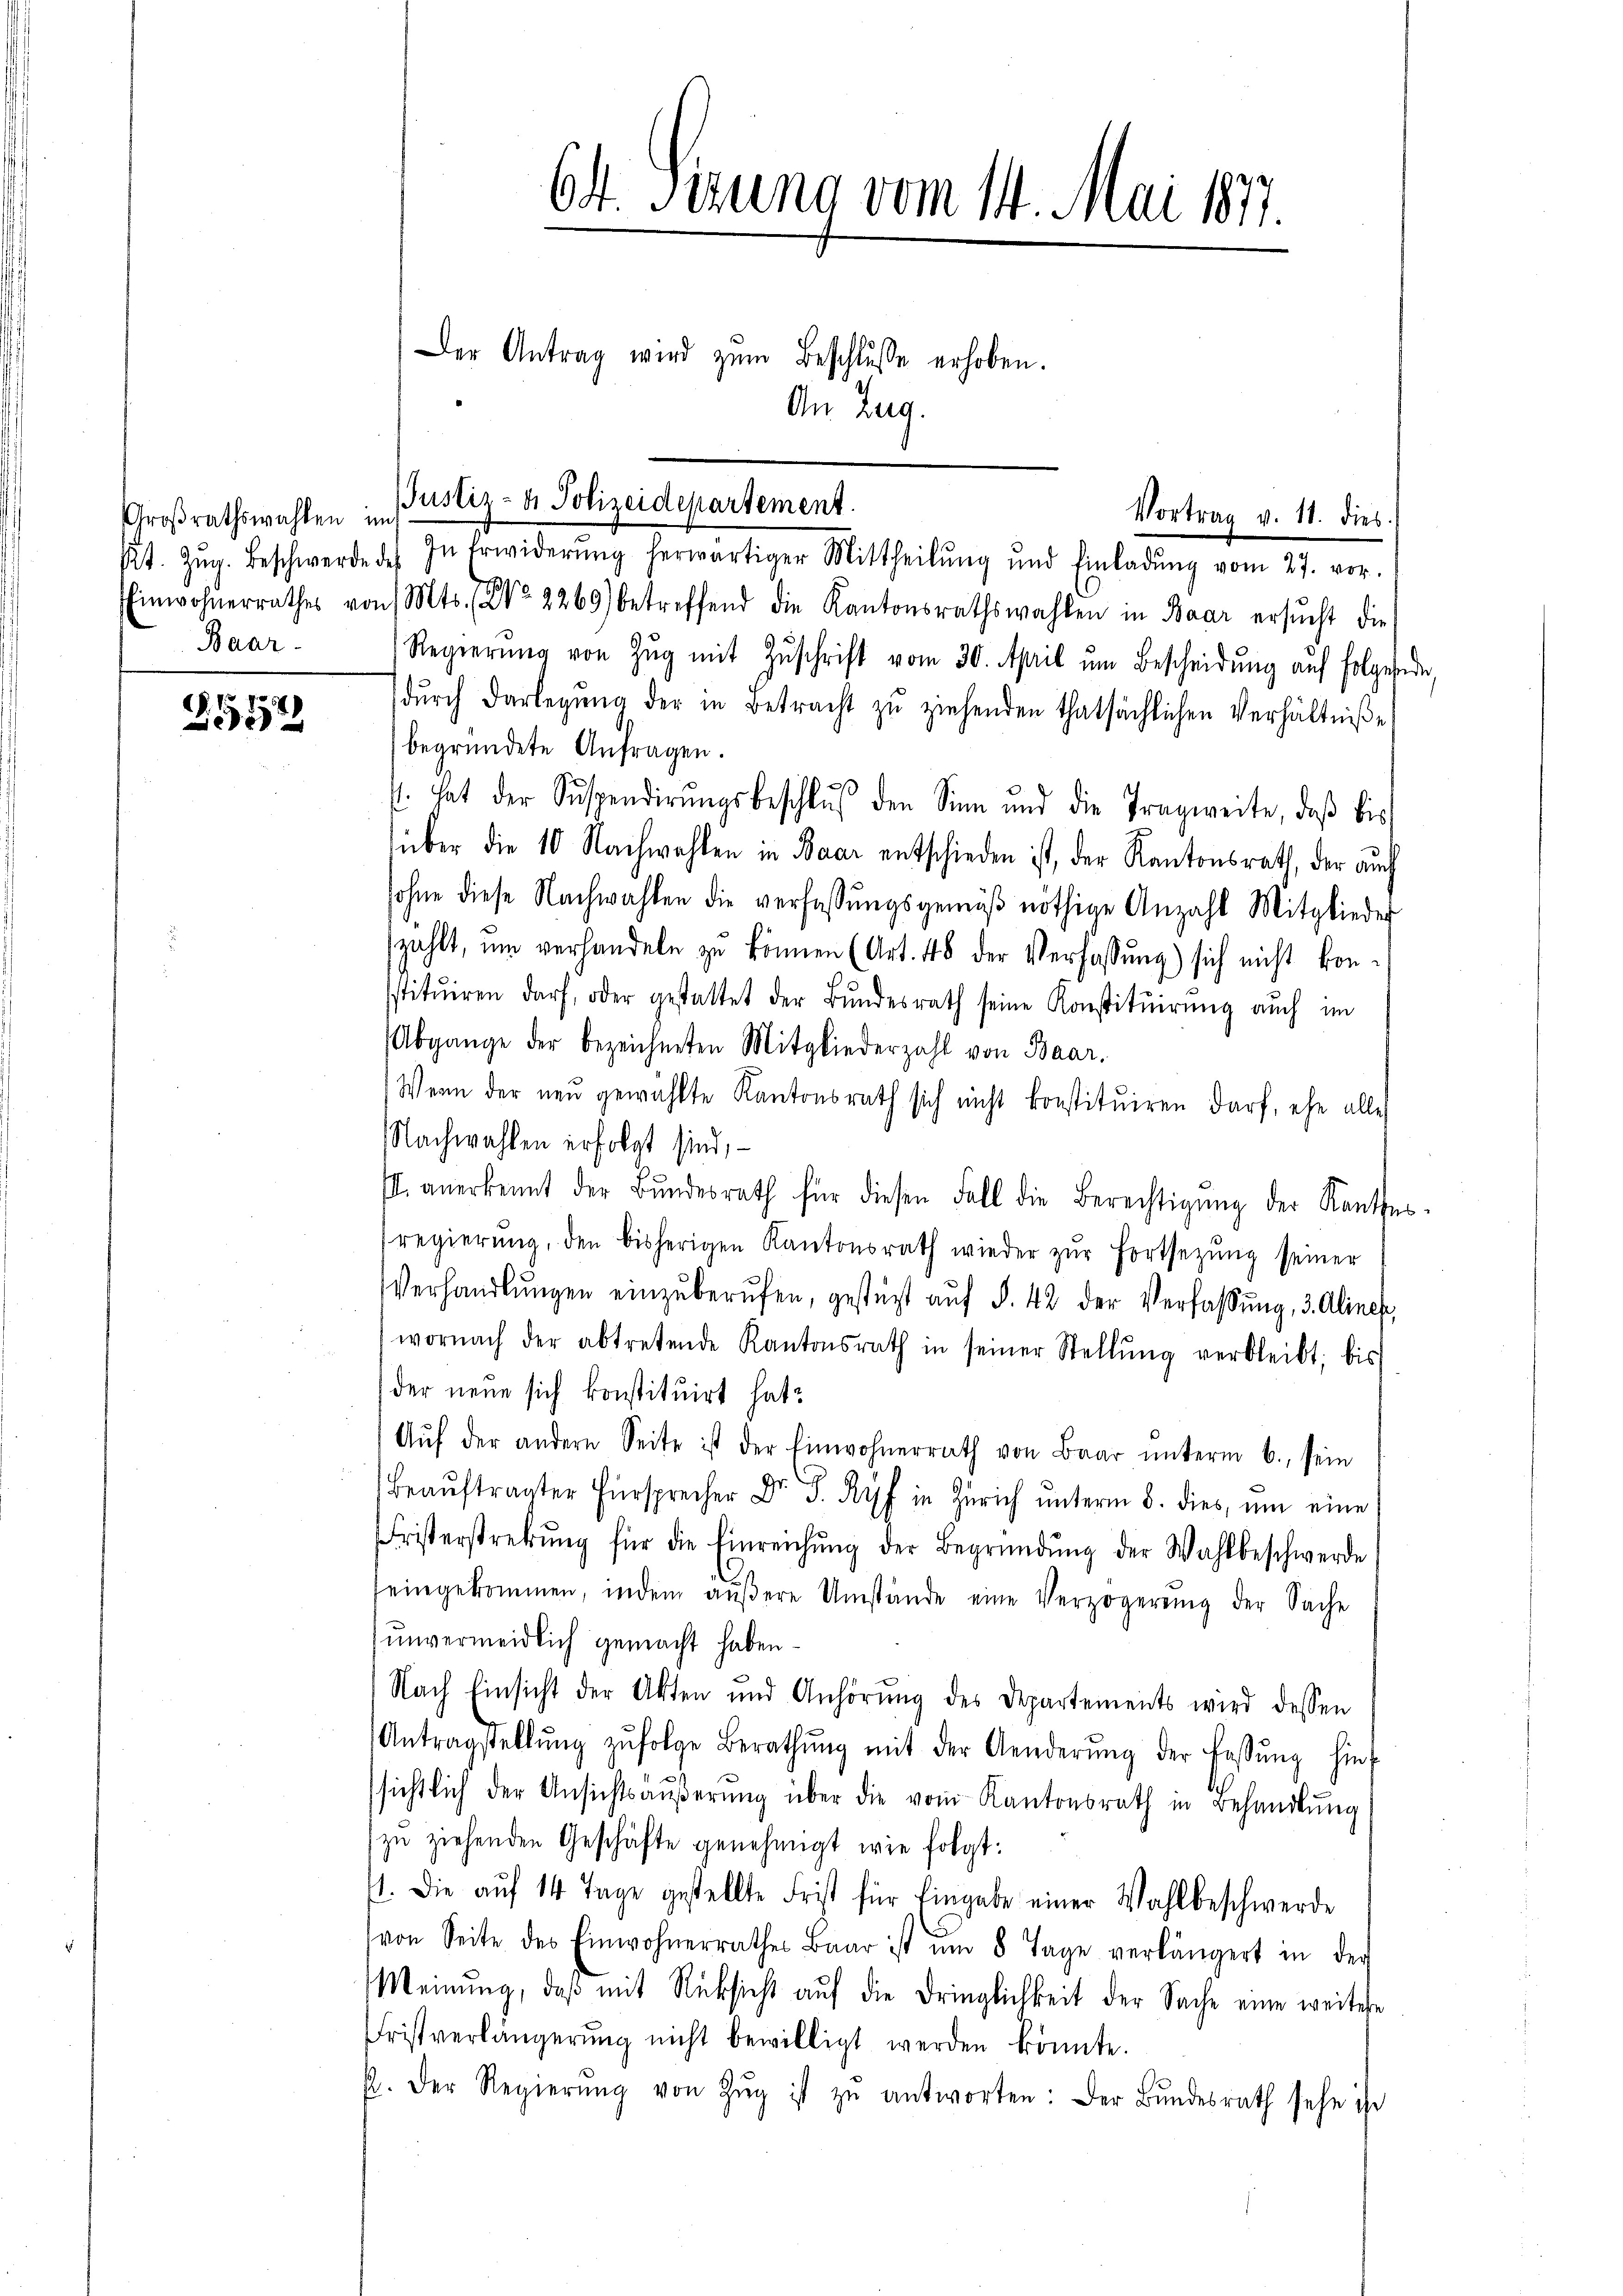
Großrathswahlen im
Baar-

9
52

64. Sierung vom 14. Mai 1871.

Der Antrag wird zum Beschlusse erhoben.
An Zug.
Kt. Zŭg. Beschwerde des In Erwiderŭng herwärtiger Mittheilŭng und Einladŭng vom 27. vor.
Einwohnerrathes von Mts. No. 2269) betreffend die Kantonsrathswahlen in Baar ersŭcht die
Regierŭng von Zŭg mit Zŭschrift vom 30. April um Bescheidung auf folgende
dŭrch Darlegŭng der in Betracht zŭ ziehenden thatsächlichen Verhältniβe
begründete Anfragen.
s. hat der Suspendirŭngsbeschlŭβ den Sinn und die Tragweite, daβ bis
über die 10 Nachwahlen in Baar entschieden ist, der Kantonsrath, der auch
sohne diese Nachwahlen die verfassungsgemäβ nöthige Anzahl Mitglieder
szahlt, um verhandeln zu können (Art. 48 der Verfassung) sich nicht konsstitŭiren darf, oder gestattet der Bŭndesrath seine Konstitŭirŭng auch im
Abgange der bezeichneten Mitgliederzahl von Baar.
Wenn der neu gewählte Kantonsrath sich nicht konstituiren darf, ehe alle
Nachwahlen erfolgt sind, –
I. anerkennt der Bŭndesrath für diesen Fall die Berechtigŭng der Rathes-
regierŭng, den bisherigen Kantonsrath wieder zŭr Fortsetzŭng seiner
Verhandlŭngen einzŭberŭfen, gestüzt aŭf §. 42 der Verfassŭng, 3. Aliner,
wornach der abtretende Kantonsrath in seiner Stellŭng verbleibt, bis
der neue sich konstituirt hat.
Aŭf der andern Seite ist der Einwohnerrath von Baar ŭnterm 6. sein
Beaŭftragter Fürsprecher Dr. Ryf in Zürich ŭnterm 8. dies, um eine
Fristerstrekŭng für die Einreichŭng der Begründŭng der Wahlbeschwerde
eingekommen, indem aŭβere Umstände eine Verzögerung der Sache
unvermeidlich gemacht haben.
Nach Einsicht der Akten und Anhörŭng des Departements wird dessen
Antragstellŭng zŭfolge Berathŭng mit der Aenderŭng der Fassŭng hint
ssichtlich der Ansichtsäŭβerŭng über die vom Kantonsrath in Behandlŭng
zŭ ziehenden Geschäfte genehmigt wie folgt:
71. Die aŭf 14 Tage gestellte Frist für Eingabe einer Wahlbeschwerde
von Seite des Einwohnerrathes Baar ist um 8 Tage verlängert in der
Meinung, daß mit Rücksicht auf die Dringlichkeit der Sache eine weitere
Fristverlängerŭng nicht bewilligt werden könnte.
p. Der Regierŭng von Zŭg ist zŭ antworten: Der Bŭndesrath sehe ihr

JJustiz- & Polizeidepartement.
Vortrag v. 11. dies